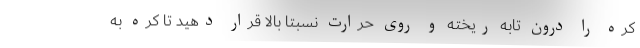
کره را درون تابه ریخته و روی حرارت نسبتا بالا قرار دهید تا کره به